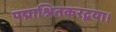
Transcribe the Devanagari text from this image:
पद्माश्रितकरद्वया।